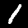
Label: 1